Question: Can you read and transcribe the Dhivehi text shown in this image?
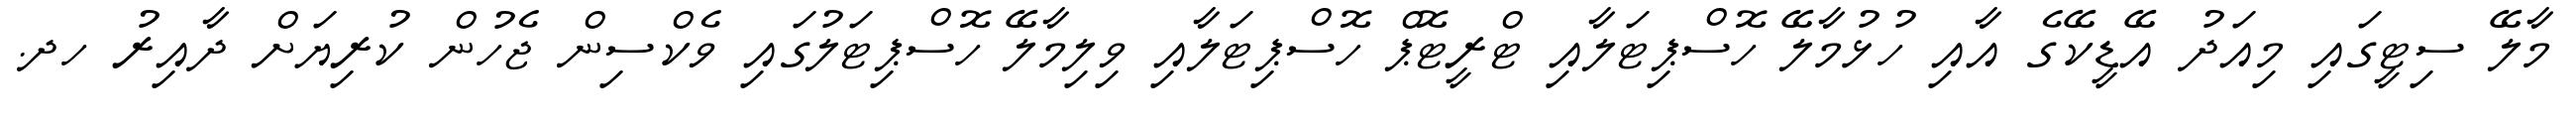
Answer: މާލޭ ސިޓީގައި މިއަދު އޭޑީކޭގެ އާއި ހުޅުމާލޭ ހޮސްޕިޓަލާއި ޓްރީޓޮޕް ހޮސްޕިޓަލާއި ވިލިމާލޭ ހޮސްޕިޓަލުގައި ވެކްސިން ޖެހުން ކުރިޔަށް ދާއިރު ހދ.